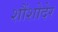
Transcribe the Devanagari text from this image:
शौंशोदेर